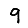
Digit: 9